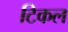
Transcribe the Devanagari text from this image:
टिकल